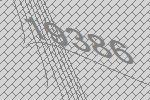
19386